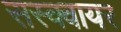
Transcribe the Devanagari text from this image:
सस्क्वायर